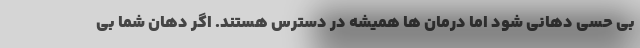
بی حسی دهانی شود اما درمان ها همیشه در دسترس هستند. اگر دهان شما بی